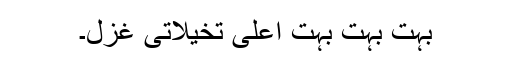
بہت بہت بہت اعلی تخیلاتی غزل۔